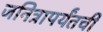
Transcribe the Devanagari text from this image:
जनित्रापर्यंतची